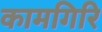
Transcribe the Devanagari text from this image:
कामगिरि